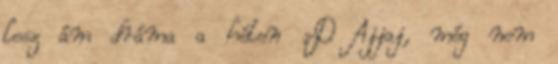
lesz ám dráma a héten :D Ajjaj, még nem